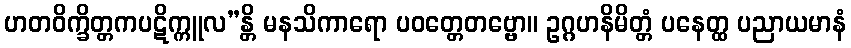
ဟတဝိက္ခိတ္တကပဋိက္ကူလ”န္တိ မနသိကာရော ပဝတ္တေတဗ္ဗော။ ဥဂ္ဂဟနိမိတ္တံ ပနေတ္ထ ပညာယမာနံ